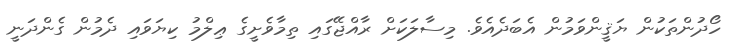
ހޯދުންތަކުން ޔަޤީންވަމުން އެބަދެއެވެ. މިސާލަކަށް ރާއްޖޭގައި ތިމާވެށީގެ ޢިލްމު ކިޔަވައި ދެމުން ގެންދަނީ